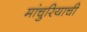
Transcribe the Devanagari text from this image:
मांचुरियाची